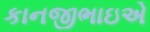
કાનજીભાઇએ